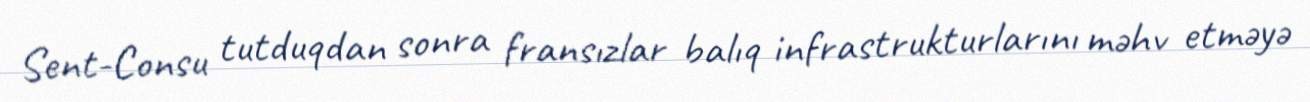
Sent-Consu tutduqdan sonra fransızlar balıq infrastrukturlarını məhv etməyə